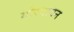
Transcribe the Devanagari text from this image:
गोरगावन